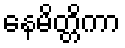
နေမိတ္တိကာ